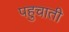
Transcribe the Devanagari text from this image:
पहुचाती